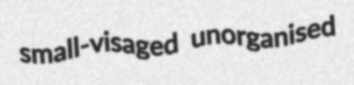
small-visaged unorganised